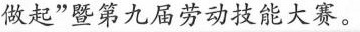
做起”第九届劳动技能大赛。